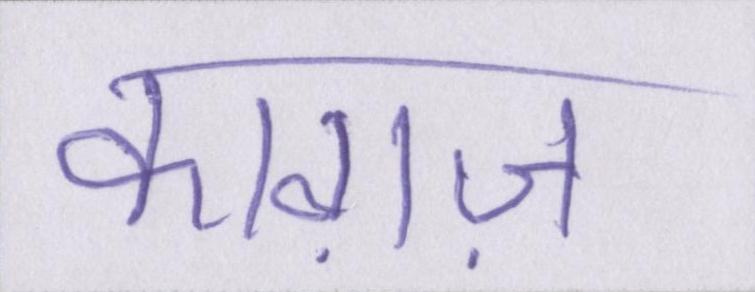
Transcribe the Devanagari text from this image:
काग़ज़